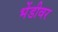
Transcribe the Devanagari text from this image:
भेंडीवर